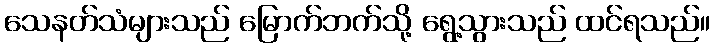
သေနတ်သံများသည် မြောက်ဘက်သို့ ရွေ့သွားသည် ထင်ရသည်။